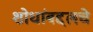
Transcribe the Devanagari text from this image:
शोधांबद्दलचे